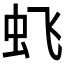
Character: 𱿙